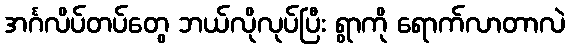
အင်္ဂလိပ်တပ်တွေ ဘယ်လိုလုပ်ပြီး ရွာကို ရောက်လာတာလဲ